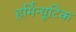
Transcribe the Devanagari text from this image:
हर्मिन्यूटिक